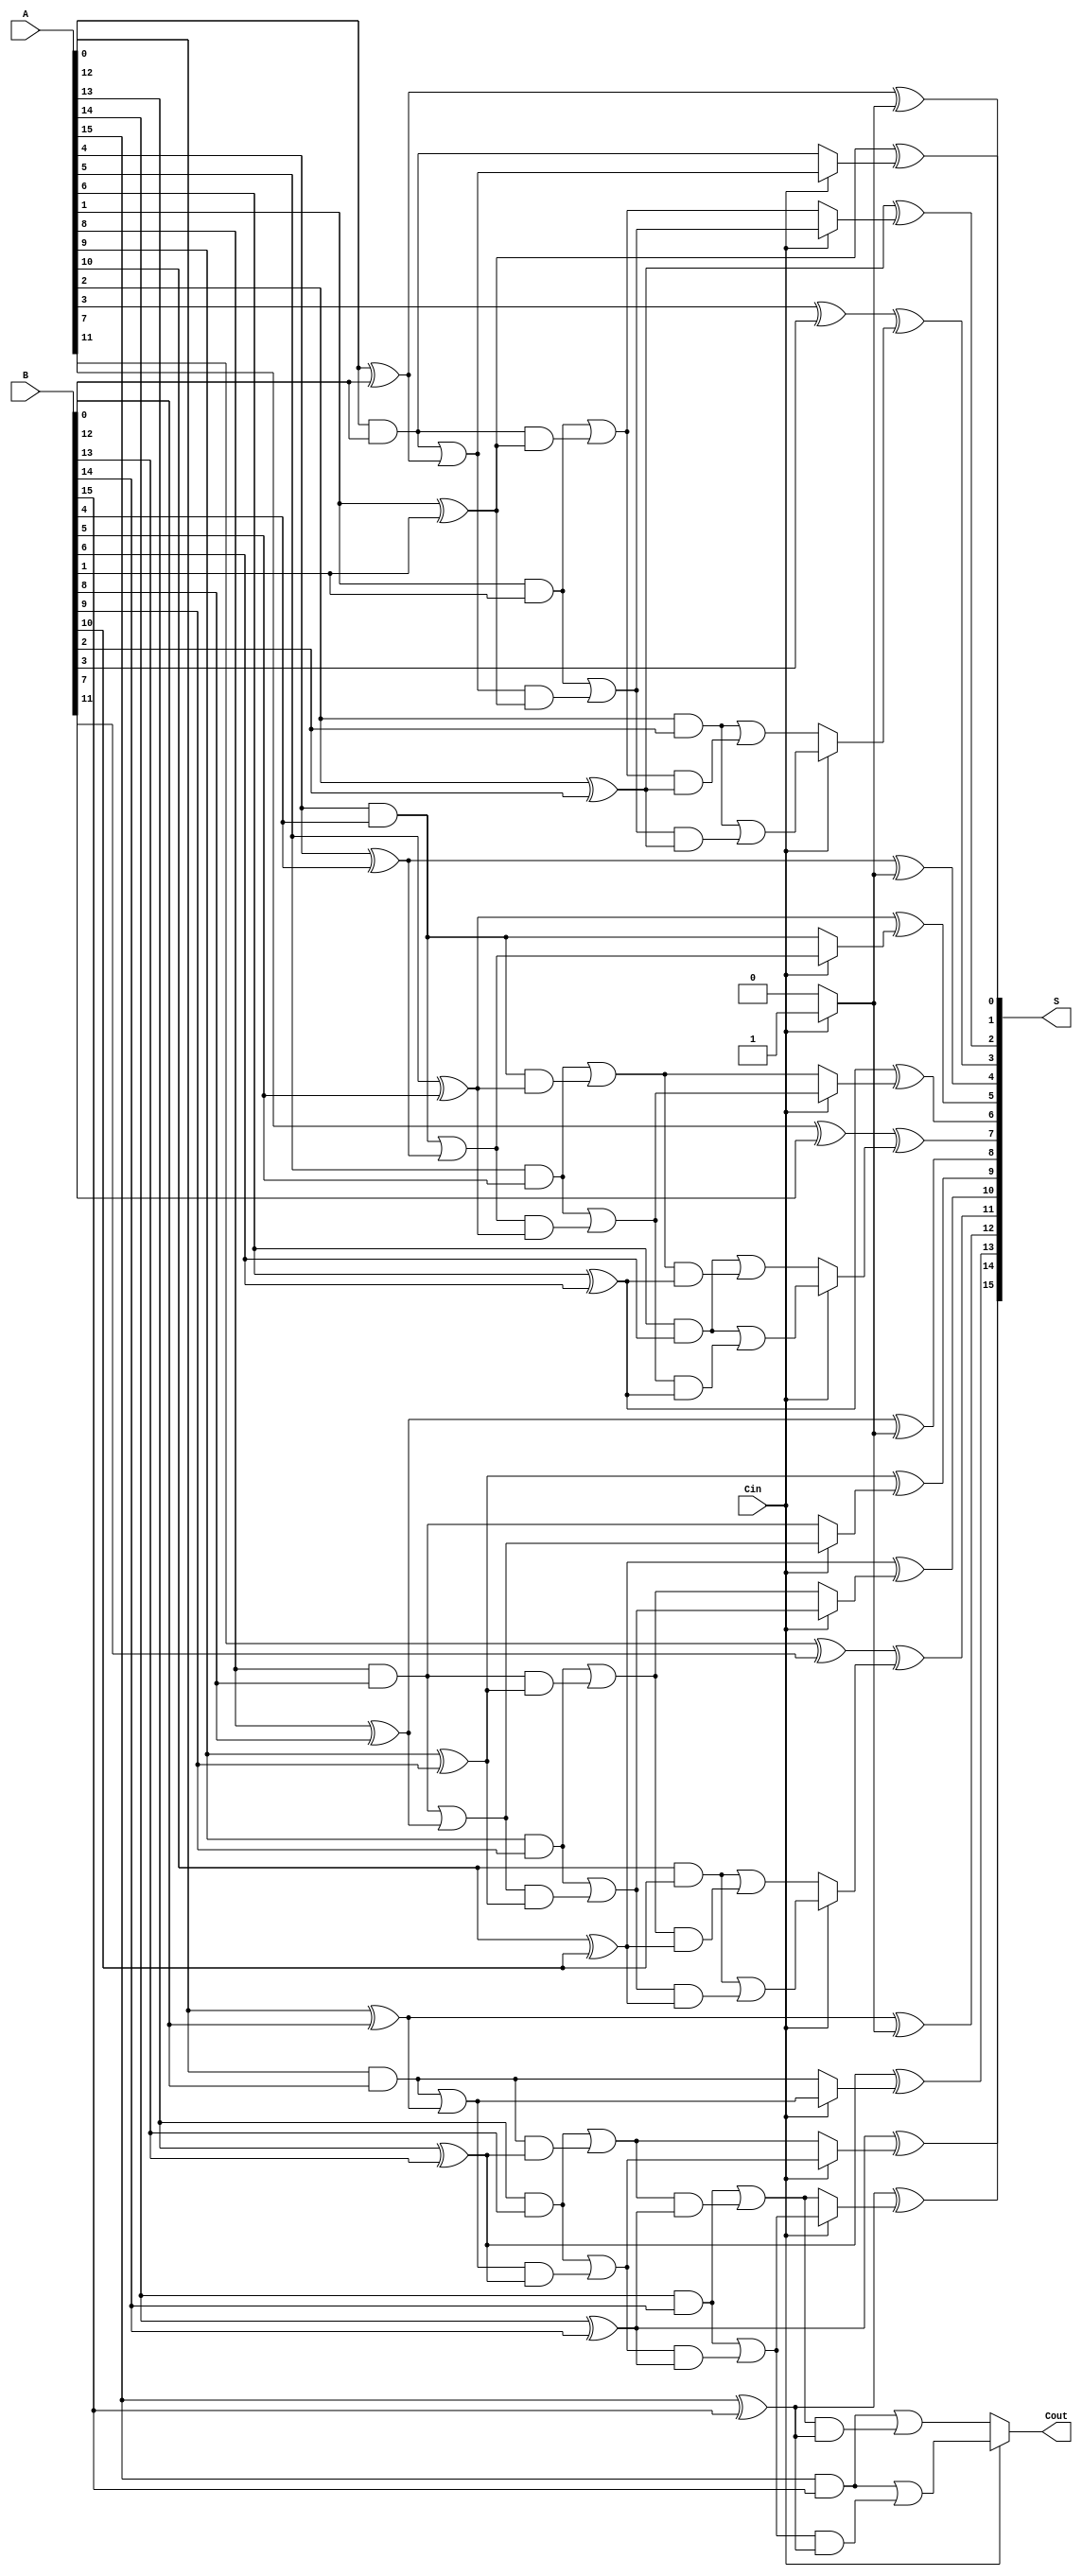
module HybridCarrySelectAdder #(
    parameter N = 16 // Number of bits for the adder
)(
    input  [N-1:0] A,       // First operand
    input  [N-1:0] B,       // Second operand
    input         Cin,       // Carry-in
    output [N-1:0] S,       // Sum output
    output        Cout       // Carry-out
);

    // Local parameters for block size
    localparam BLOCK_SIZE = 4;
    localparam NUM_BLOCKS = N / BLOCK_SIZE;

    // Internal signals for carry and sum
    wire [NUM_BLOCKS:0] carry; // Carry for each block
    wire [BLOCK_SIZE-1:0] S_block [NUM_BLOCKS-1:0]; // Sum for each block

    // Generate carry and sum for each block
    genvar i;
    generate
        for (i = 0; i < NUM_BLOCKS; i = i + 1) begin : CSA_BLOCK

            wire [BLOCK_SIZE-1:0] A_block = A[(i+1)*BLOCK_SIZE-1 -: BLOCK_SIZE];
            wire [BLOCK_SIZE-1:0] B_block = B[(i+1)*BLOCK_SIZE-1 -: BLOCK_SIZE];

            // Compute carries for Cin = 0 and Cin = 1
            wire [BLOCK_SIZE:0] carry0, carry1;

            // Generate carries for Cin = 0
            assign carry0[0] = 1'b0; // Initial carry-in is 0
            genvar j;
            for (j = 0; j < BLOCK_SIZE; j = j + 1) begin : CARRY_GEN0
                assign carry0[j+1] = (A_block[j] & B_block[j]) | (carry0[j] & (A_block[j] ^ B_block[j]));
            end

            // Generate carries for Cin = 1
            assign carry1[0] = 1'b1; // Initial carry-in is 1
            for (j = 0; j < BLOCK_SIZE; j = j + 1) begin : CARRY_GEN1
                assign carry1[j+1] = (A_block[j] & B_block[j]) | (carry1[j] & (A_block[j] ^ B_block[j]));
            end

            // Select the carry based on the actual Cin
            assign carry[i+1] = Cin ? carry1[BLOCK_SIZE] : carry0[BLOCK_SIZE];

            // Compute the sum for the current block
            for (j = 0; j < BLOCK_SIZE; j = j + 1) begin : SUM_CALC
                assign S_block[i][j] = A_block[j] ^ B_block[j] ^ (Cin ? carry1[j] : carry0[j]);
            end
        end
    endgenerate

    // Concatenate the sum outputs from all blocks
    assign S = {S_block[NUM_BLOCKS-1], S_block[NUM_BLOCKS-2], S_block[NUM_BLOCKS-3], S_block[NUM_BLOCKS-4]};

    // Carry-out is the final carry generated
    assign Cout = carry[NUM_BLOCKS];

endmodule